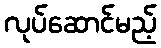
လုပ်ဆောင်မည့်